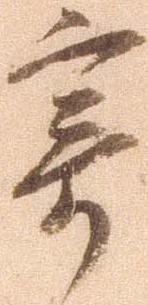
寄